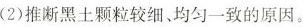
(2)推断黑土颗粒较细、均匀一致的原因。